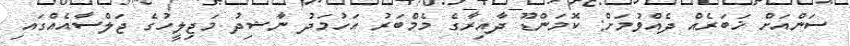
ސަންއަށް ޚަބަރެއް ދެއްވުމަށް: ކޮމަންޑޫ ދާއިރާގެ މެމްބަރު އަހުމަދު ނާޝިދު މަޖިލީހުގެ ޖަލްސާއެއްގައި